Report on the lunatic asylums under the Government of Bombay - 1904-1913
Year: 1904
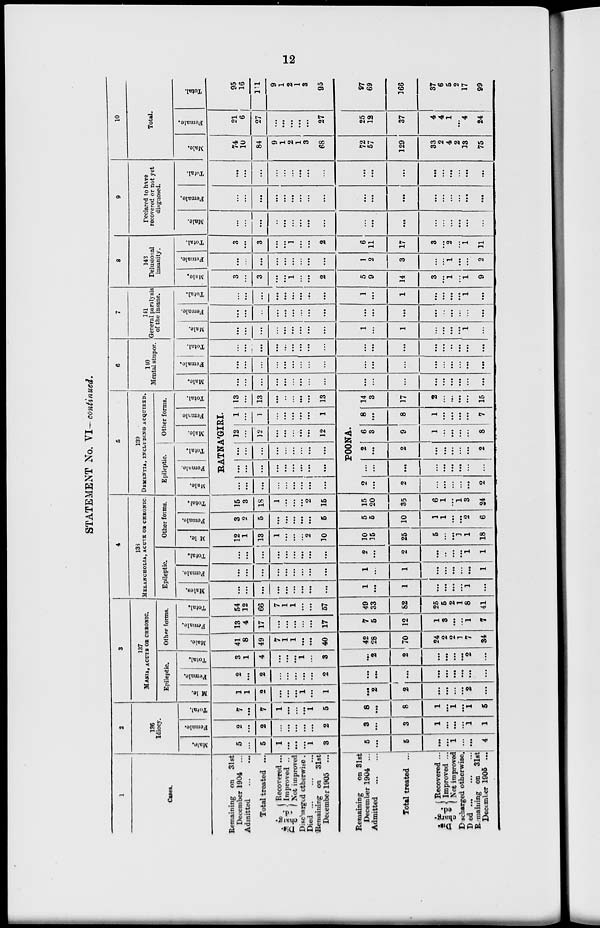
12
STATEMENT No. VI— continued.
1
Cases.
Remaining on 31st
December 1904 ...
Admitted
...
...
Total treated ...
Dis
charg-
ed.
Recovered ...
Improved ...
Not improved
Discharged otherwise.
Died
...
...
...
Remaining on 31st
December 1905 ...
Remaining
on 31st
December 1904 ...
Admitted
...
...
Total treated ...
Dis
charg-
ed.
Recovered ...
Improved ...
Not improved
Discharged otherwise.
Died
...
...
...
Remaining on 31st
December 1905 ...
2
136
Idiocy.
Male.
5
...
5
1
...
...
...
1
3
5
...
5
...
...
1
...
...
4
Female.
2
...
2
...
...
...
...
...
2
3
...
3
1
...
...
...
1
1
Total.
7
...
7
1
...
...
...
1
5
8
...
8
1
...
1
...
1
5
3
137
MANIA, ACUTE OR CHRONIC.
Epileptic
Male.
1
1
2
...
...
...
1
...
1
...
2
2
...
...
...
...
2
...
Female.
2
...
2
...
...
...
...
...
2
...
...
...
...
...
...
...
...
...
Total.
3
1
4
...
...
...
1
...
3
...
2
2
...
...
...
...
2
...
Other forms.
Male.
41
8
49
7
1
1
...
...
40
42
28
70
24
2
2
1
7
34
Female.
13
4
17
...
...
...
...
...
17
7
5
12
1
3
...
...
1
7
Total.
54
12
66
7
1
1
...
...
57
49
33
82
25
5
2
1
8
41
4
138
MELANCHOLIA, ACUTE OR CHRONIC.
Epileptic
Males.
...
...
...
...
...
...
...
...
...
1
...
1
...
...
...
...
1
...
Female.
...
...
...
...
...
...
...
...
...
1
...
1
...
...
...
...
...
1
Total.
...
...
...
...
...
...
...
...
2
...
2
...
...
...
...
1
1
Other forms.
Male.
12
1
13
1
...
...
...
2
10
10
15
25
5
...
...
1
1
18
Female.
3
2
5
...
...
...
...
...
5
5
5
10
1
1
...
...
2
6
Total.
15
3
18
1
...
...
...
2
15
15
20
35
6
1
...
1
3
24
5
139
DEMENTIA, INCLUDING ACQUIRED.
Epileptic.
Male.
Female.
Total.
Other forms.
Male.
Female
Total.
RATNA'GIRI.
...
...
...
...
...
...
...
...
...
...
...
...
...
...
...
...
...
...
...
...
...
...
...
...
...
...
...
12
...
12
...
...
...
...
...
12
1
...
1
...
...
...
...
...
1
13
...
13
...
...
...
...
...
13
POONA.
2
...
2
...
...
...
...
...
2
...
...
...
...
...
...
...
...
...
2
...
2
...
...
...
...
...
2
6
3
9
1
...
...
...
...
8
8
...
8
1
...
...
...
...
7
14
3
17
2
...
...
...
...
15
6
140
Mental stupor.
Male.
...
...
...
...
...
...
...
...
...
...
...
...
...
...
...
...
...
...
Female.
...
...
...
...
...
...
...
...
...
...
...
...
...
...
...
...
...
...
Total.
...
...
...
...
...
...
...
...
...
...
...
...
...
...
...
...
...
...
7
141
General paralysis
of the insane.
Male.
...
...
...
...
...
...
...
...
...
1
...
1
...
...
...
...
1
...
Female.
...
...
...
...
...
...
...
...
...
...
...
...
...
...
...
...
...
...
Total.
...
...
...
...
...
...
...
...
...
1
...
1
...
...
...
...
1
...
8
143
Delusional
insanity.
Male.
3
...
3
...
...
1
...
...
2
5
9
14
3
...
1
...
1
9
Female.
...
...
...
...
...
...
...
...
...
1
2
3
...
...
1
...
...
2
Total.
3
...
3
...
...
1
...
...
2
6
11
17
3
...
2
...
1
11
9
Declared to have
recovered or not yet
diagnosed.
Male.
...
...
...
..
...
...
...
...
...
...
...
...
...
...
...
...
...
...
Female.
...
...
...
...
...
...
...
...
...
...
...
...
...
...
...
...
...
...
Total.
...
...
...
...
...
...
...
...
...
...
...
...
...
...
...
...
...
...
10
Total.
Male.
74
10
84
9
1
2
1
3
68
72
57
129
33
2
4
2
13
75
Female.
21
6
27
...
...
...
...
...
27
25
12
37
4
4
1
...
4
24
Total.
95
16
111
9
1
2
1
3
95
97
69
166
37
6
5
2
17
99